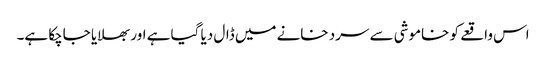
اس واقعے کو خاموشی سے سرد خانے میں ڈال دیا گیا ہے اور بھلایا جاچکا ہے۔